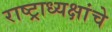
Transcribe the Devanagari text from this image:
राष्‍ट्राध्‍यक्षांचे